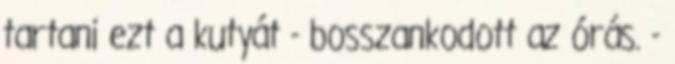
tartani ezt a kutyát - bosszankodott az órás. -